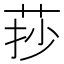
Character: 莏